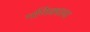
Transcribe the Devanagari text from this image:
गणिकालय